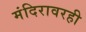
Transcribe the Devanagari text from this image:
मंदिरावरही